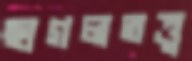
ছাগলতত্ত্ব